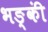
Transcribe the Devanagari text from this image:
भङ्कीं